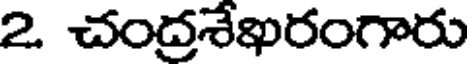
2 చంద్రశేఖరంగారు